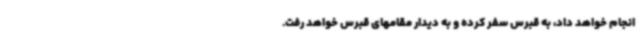
انجام خواهد داد، به قبرس سفر کرده و به دیدار مقامهای قبرس خواهد رفت.